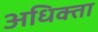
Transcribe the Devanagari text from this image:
अधिक्ता